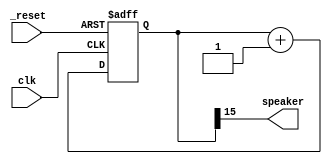
module music( clk, _reset, speaker );

  input clk, _reset;
  output speaker;

  reg [15:0] counter;

  always @(posedge clk or negedge _reset)
  if(_reset == 0)
    counter <= 0;
  else
    counter <= counter + 1;

  assign speaker = counter[15];

endmodule

module music_tb;

  reg clk, _reset;
  wire speaker;

  music mi( clk, _reset, speaker );

  initial clk = 0;

  always begin
    #10 clk = ~clk;
  end

  always begin
    _reset = 1;
    #10 _reset = 0;
    #10 _reset = 1;
    #20 $finish;
  end

  initial begin
    $monitor("time=%d counter = %d, speaker = %d", $realtime, mi.counter, mi.speaker);
  end

endmodule